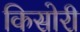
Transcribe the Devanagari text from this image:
किसोरी